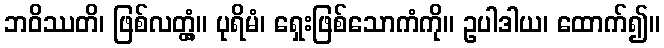
ဘဝိဿတိ၊ ဖြစ်လတ္တံ့။ ပုရိမံ၊ ရှေးဖြစ်သောကံကို။ ဥပါဒါယ၊ ထောက်၍။